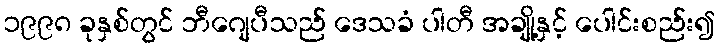
၁၉၉၈ ခုနှစ်တွင် ဘီဂျေပီသည် ဒေသခံ ပါတီ အချို့နှင့် ပေါင်းစည်း၍